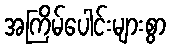
အကြိမ်ပေါင်းများစွာ